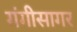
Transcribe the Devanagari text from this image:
गंगीसागर